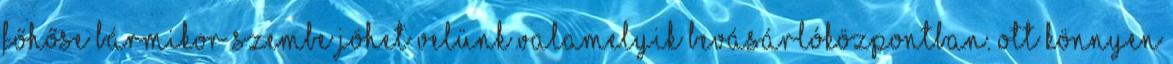
főhőse bármikor szembe jöhet velünk valamelyik bevásárlóközpontban. Ott könnyen